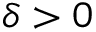
\delta > 0